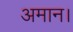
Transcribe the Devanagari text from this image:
अमान।